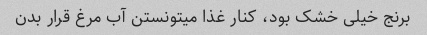
برنج خیلی خشک بود، کنار غذا میتونستن آب مرغ قرار بدن